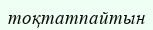
тоқтатпайтын